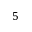
5